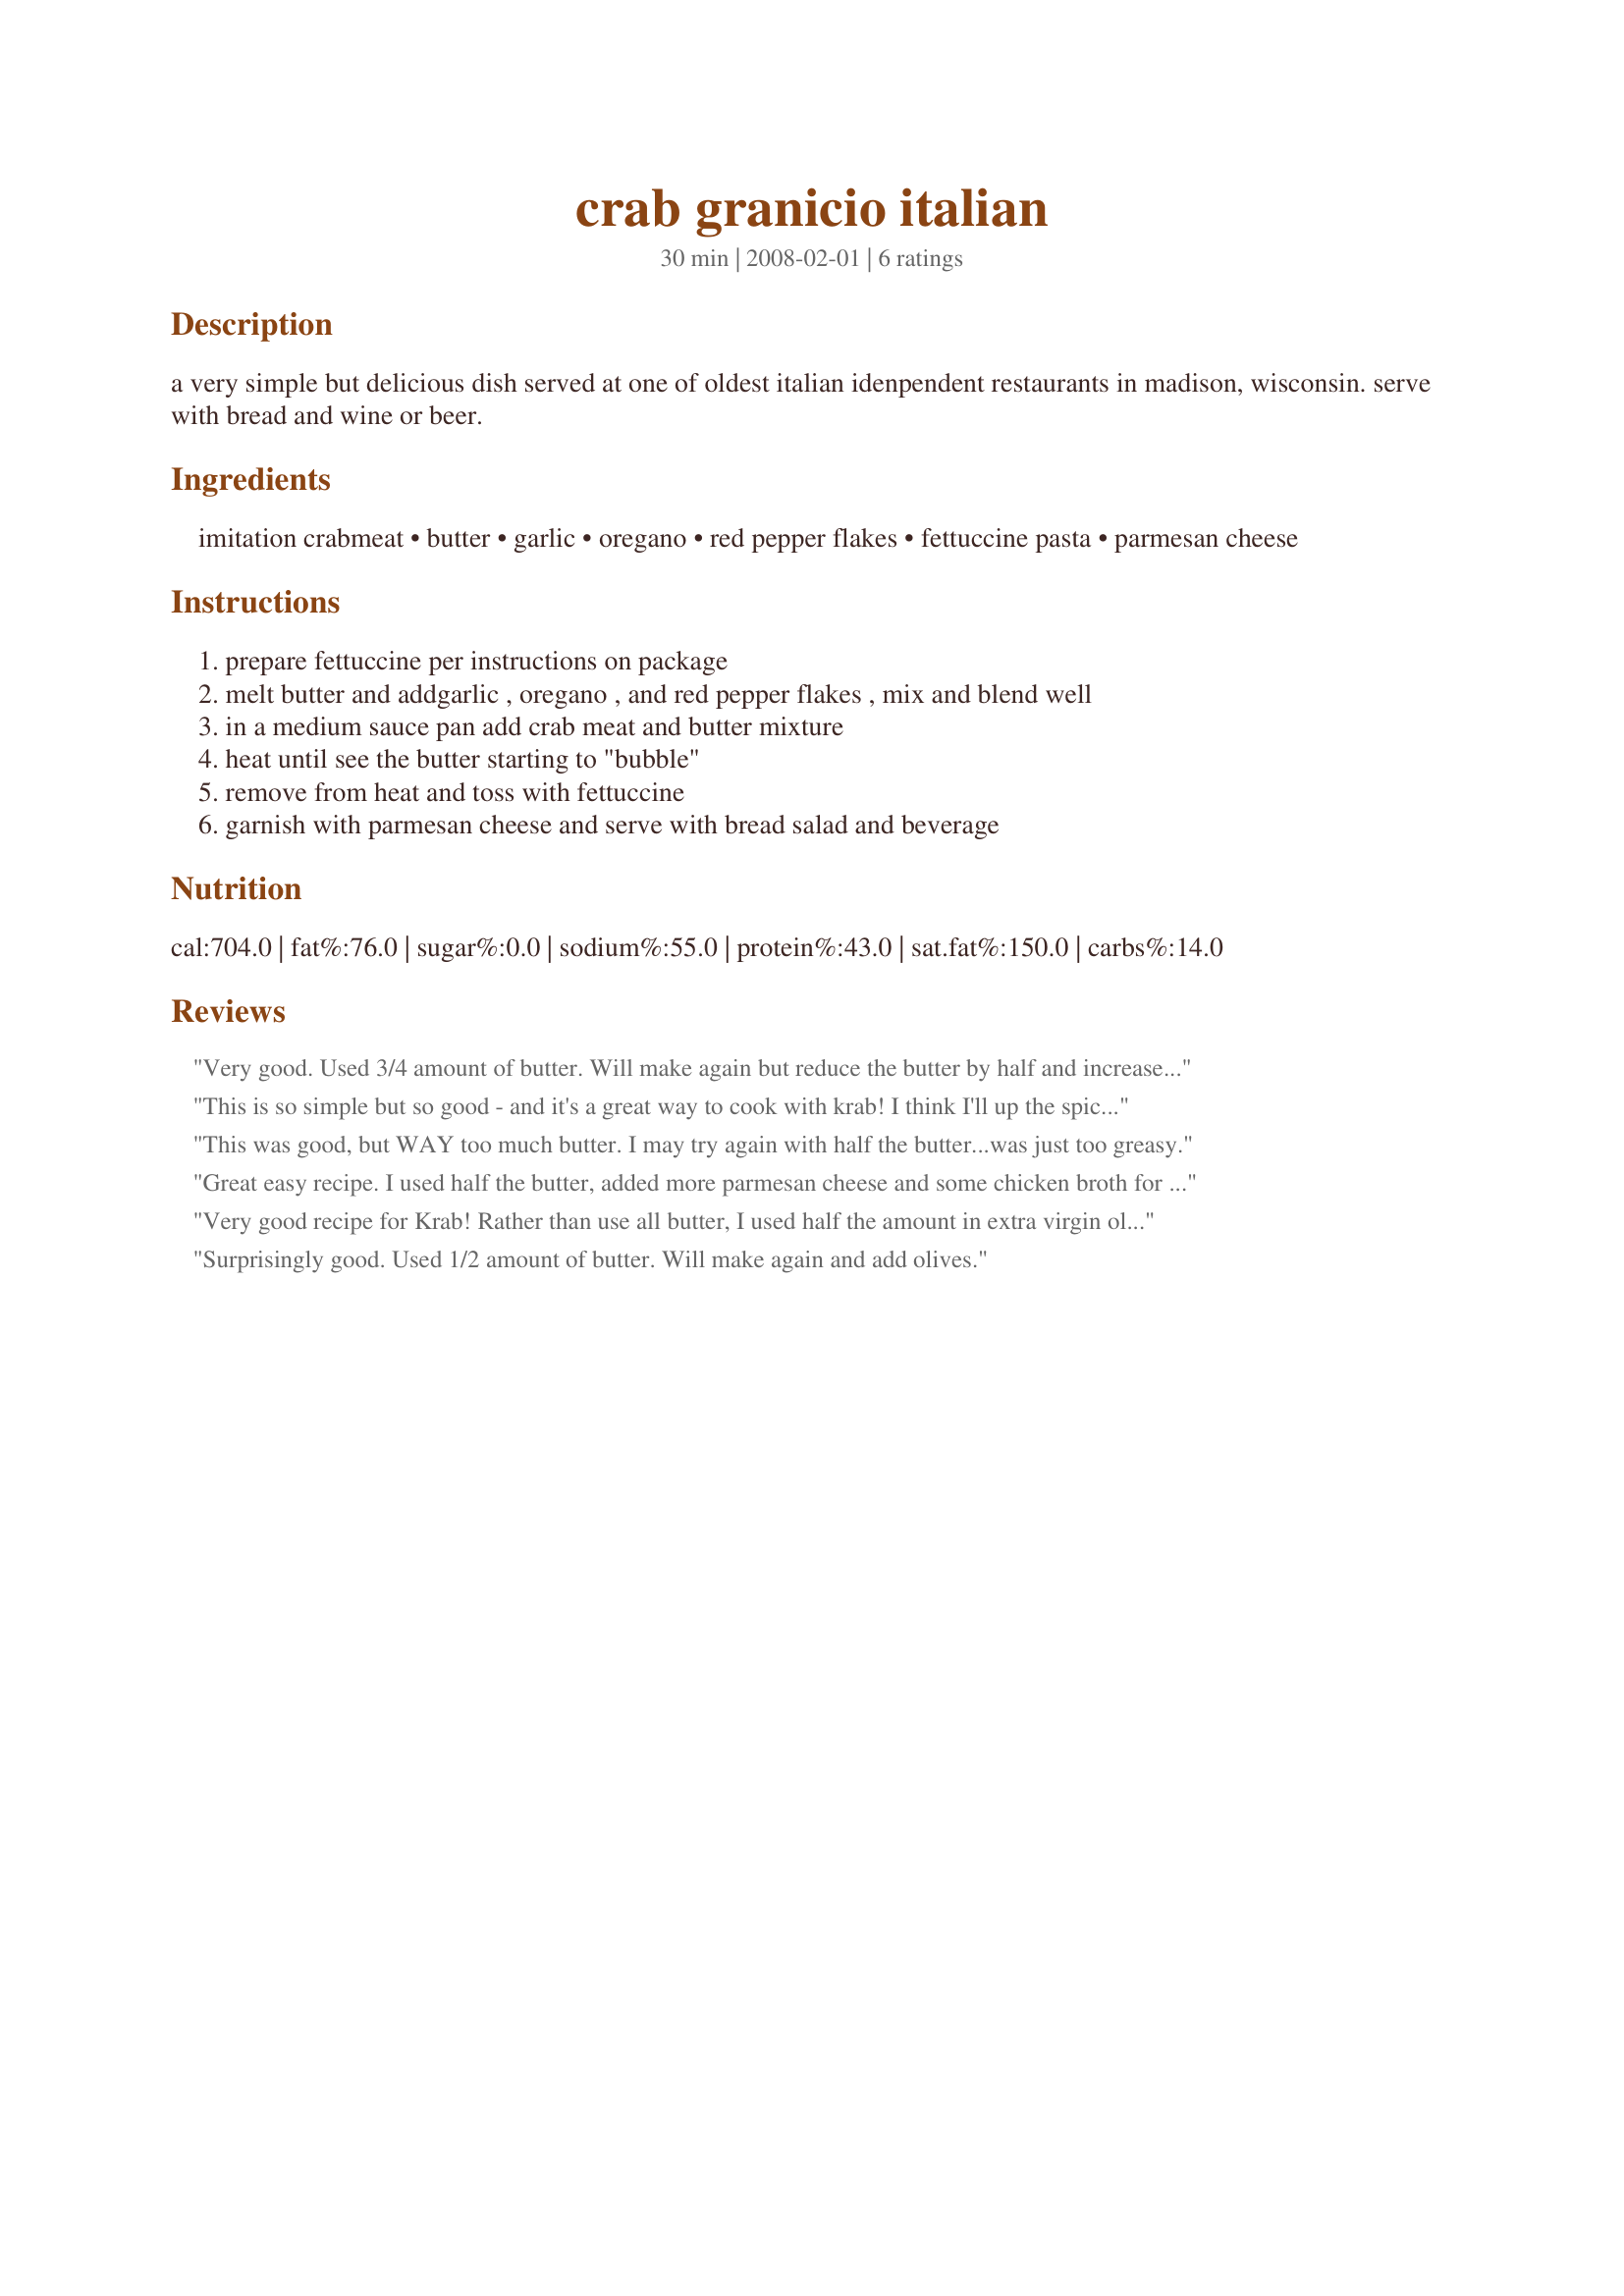
crab granicio italian
Preparation time: 30 minutes

a very simple but delicious dish served at one of oldest italian idenpendent restaurants in madison, wisconsin. serve with bread and wine or beer.

Ingredients:
imitation crabmeat, butter, garlic, oregano, red pepper flakes, fettuccine pasta, parmesan cheese

Steps:
prepare fettuccine per instructions on package, melt butter and addgarlic , oregano , and red pepper flakes , mix and blend well, in a medium sauce pan add crab meat and butter mixture, heat until see the butter starting to "bubble", remove from heat and toss with fettuccine, garnish with parmesan cheese and serve with bread salad and beverage

Reviews:
Very good. Used 3/4 amount of butter. Will make again but reduce the butter by half and increase the garlic. May add a splash of dry white wine too. Thanks for posting!
This is so simple but so good - and it's a great way to cook with krab! I think I'll up the spices next time, just because too much of it got stuck to the sides of the pan. Thanks for posting!
This was good, but WAY too much butter. I may try again with half the butter...was just too greasy.
Great easy recipe.
I used half the butter, added more parmesan cheese and some chicken broth for a thinner butter sauce.
I also added some sliced black olives and mushrooms.
It was really yummy!
Very good recipe for Krab! Rather than use all butter, I used half the amount in extra virgin olive oil. Added a bit of salt and white pepper for added flavor. Served with sour dough and a spinach and mushroom salad. Awesome meal!
Surprisingly good. Used 1/2 amount of butter. Will make again and add olives.
